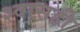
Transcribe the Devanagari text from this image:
श्‍वासही